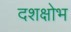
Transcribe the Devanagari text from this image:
दशक्षोभ